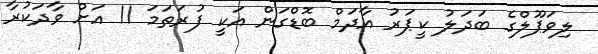
ލިވަޕޫލްގެ ބަދަލު ކީޕަރު އާދަމް ބޮޑްގަން އަކީ ފުރަތަމަ 11 އަށް ވާދަކުރާ